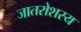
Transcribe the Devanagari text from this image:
जातरोशस्य